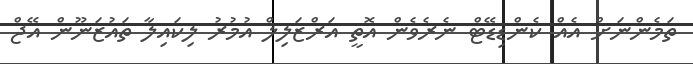
ތަމެންނަށް އެއް ކެންޑިޑޭޓް ނެރެވެން އޮތީ އަރްޒަލިލް އުމުރު ލިކައިލާ ތައުޒަނޫން އޭޖް